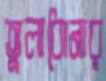
তুলাধোনার